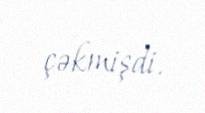
çəkmişdi.